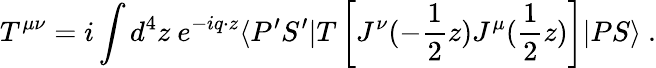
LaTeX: T^{\mu\nu}=i\int d^{4}z~e^{-iq\cdot z}\langle P^{\prime}S^{\prime}|T\left[J^{\nu}(-\frac{1}{2}z)J^{\mu}(\frac{1}{2}z)\right]|PS\rangle\ .